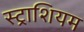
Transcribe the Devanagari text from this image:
स्ट्राशियम